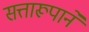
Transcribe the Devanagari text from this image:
सत्तारूपाने